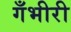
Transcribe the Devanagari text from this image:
गँभीरी